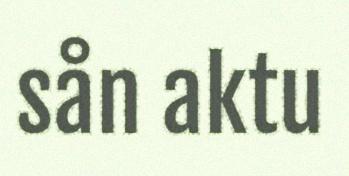
sån aktu